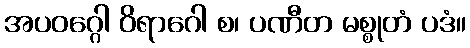
အပဝဂ္ဂေါ ဝိရာဂေါ စ၊ ပဏီတ မစ္စုတံ ပဒံ။